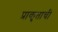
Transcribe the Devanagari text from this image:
प्राकृताची